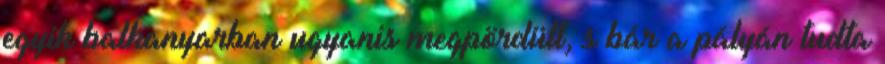
egyik balkanyarban ugyanis megpördült, s bár a pályán tudta